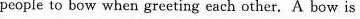
people to bow when greeting each other. A bow is